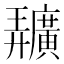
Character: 𢌌